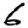
Digit: 6